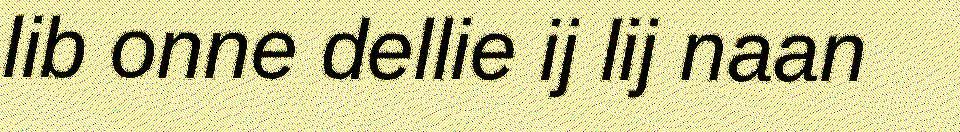
lib onne dellie ij lij naan